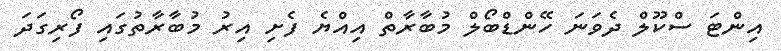
އިންޓަ ސްކޫލް ދެވަނަ ހޭންޑްބޯލް މުބާރާތް އިއްޔެ ފެށި އިރު މުބާރާތުގައި ފޯރިގަދަ